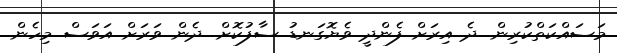
މަސައްކަތްކުރިން. ދެ އިރަށް ފެންދީ ވެޔޮގަނޑު ސާފުކޮށް. ދެން ވަރަށް އަވަސް މިހެން